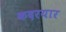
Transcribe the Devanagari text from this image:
कदरयार